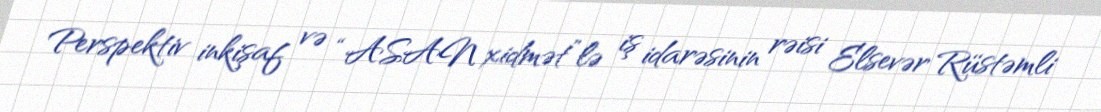
Perspektiv inkişaf və “ASAN xidmət”lə iş idarəsinin rəisi Elsevər Rüstəmli